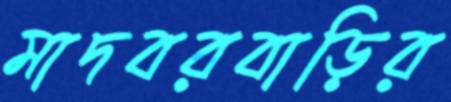
মাদবরবাড়ির